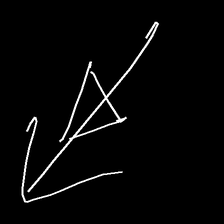
Glyph: pull